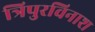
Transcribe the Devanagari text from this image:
त्रिपुरविनाश